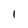
Character: 1